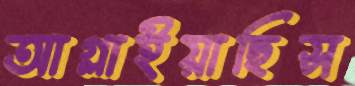
আগ্‌লাইয়াছিস